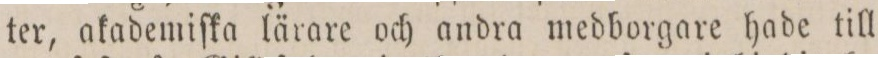
ter, akademiſka lärare och andra medborgare hade till